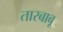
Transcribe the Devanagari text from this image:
तारबाबू